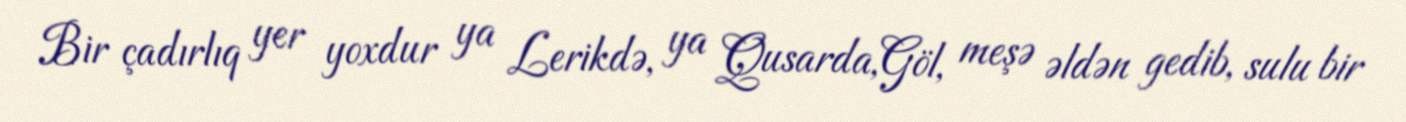
Bir çadırlıq yer yoxdur ya Lerikdə, ya Qusarda,Göl, meşə əldən gedib, sulu bir